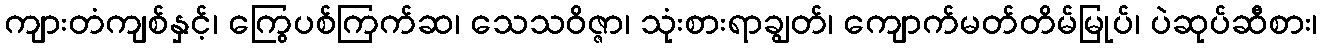
ကျားတံကျစ်နှင့်၊ ကြွေပစ်ကြက်ဆ၊ သေသဝိဇ္ဇာ၊ သုံးစားရာချွတ်၊ ကျောက်မတ်တိမ်မြုပ်၊ ပဲဆုပ်ဆီစား၊